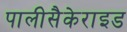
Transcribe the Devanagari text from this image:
पालीसैकेराइड